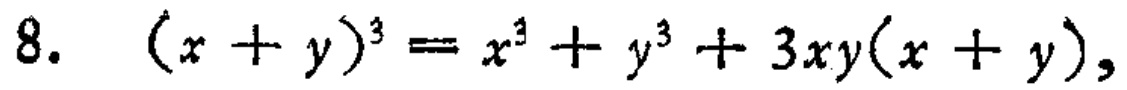
8. \((x + y)^3 = x^3 + y^3 + 3xy(x + y)\)